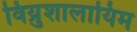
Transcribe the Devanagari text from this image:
विय्रुशालायिम